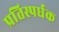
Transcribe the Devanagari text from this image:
प्रतिस्पर्धक